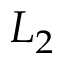
L _ { 2 }